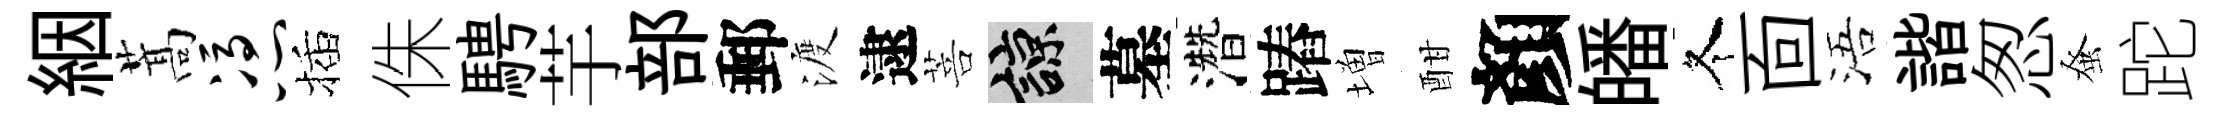
絪蒿凭插侏騁芋部郵渡逮菩諒墓濳蹖増酣顏皤冬靣浯諧怱𫊫跎